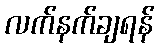
လက်နက်ချရန်